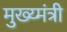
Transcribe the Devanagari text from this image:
मुख्य्मंत्री